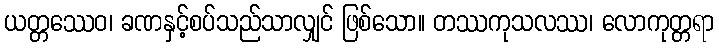
ယတ္တဿေဝ၊ ခဏနှင့်စပ်သည်သာလျှင် ဖြစ်သော။ တဿကုသလဿ၊ လောကုတ္တရာ